Indian journal of veterinary science and animal husbandry - Volume 1,
Year: 1931
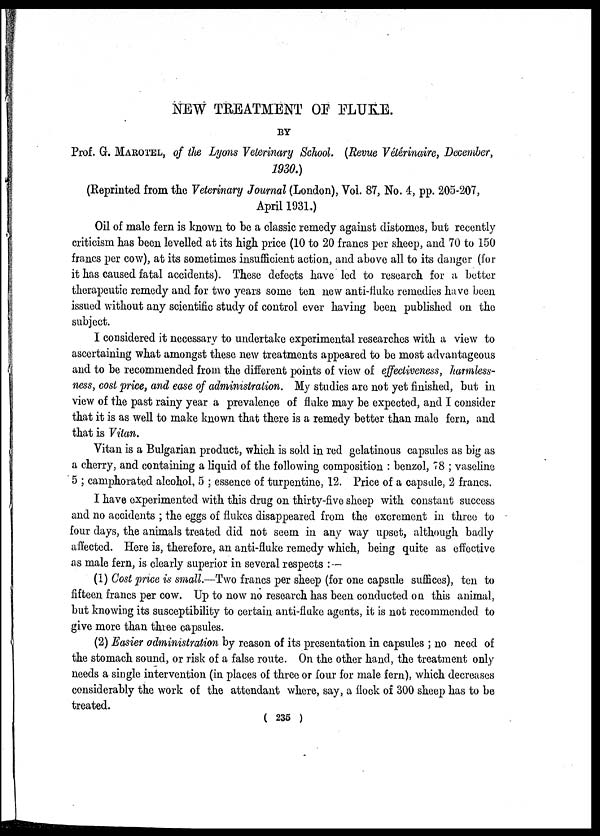
NEW TREATMENT OF FLUKE.
BY
Prof. G. MAROTEL, of the Lyons Veterinary School. (Revue Vétérinaire, December,
1930.)
(Reprinted from the Veterinary Journal (London), Vol. 87, No. 4, pp. 205-207,
April 1931.)
Oil of male fern is known to be a classic remedy against distomes, but recently
criticism has been levelled at its high price (10 to 20 francs per sheep, and 70 to 150
francs per cow), at its sometimes insufficient action, and above all to its danger (for
it has caused fatal accidents). These defects have led to research for a better
therapeutic remedy and for two years some ten new anti-fluke remedies have been
issued without any scientific study of control ever having been published on the
subject.
I considered it necessary to undertake experimental researches with a view to
ascertaining what amongst these new treatments appeared to be most advantageous
and to be recommended from the different points of view of effectiveness, harmless¬
ness, cost price, and ease of administration. My studies are not yet finished, but in
view of the past rainy year a prevalence of fluke may be expected, and I consider
that it is as well to make known that there is a remedy better than male fern, and
that is Vitan.
Vitan is a Bulgarian product, which is sold in red gelatinous capsules as big as
a cherry, and containing a liquid of the following composition : benzol, 78 ; vaseline
5 ; camphorated alcohol, 5 ; essence of turpentine, 12. Price of a capsule, 2 francs.
I have experimented with this drug on thirty-five sheep with constant success
and no accidents ; the eggs of flukes disappeared from the excrement in three to
four days, the animals treated did not seem in any way upset, although badly
affected. Here is, therefore, an anti-fluke remedy which, being quite as effective
as male fern, is clearly superior in several respects :—
(1) Cost price is small.—Two francs per sheep (for one capsule suffices), ten to
fifteen francs per cow. Up to now no research has been conducted on this animal,
but knowing its susceptibility to certain anti-fluke agents, it is not recommended to
give more than three capsules.
(2) Easier administration by reason of its presentation in capsules ; no need of
the stomach sound, or risk of a false route. On the other hand, the treatment only
needs a single intervention (in places of three or four for male fern), which decreases
considerably the work of the attendant where, say, a flock of 300 sheep has to be
treated.
( 235 )